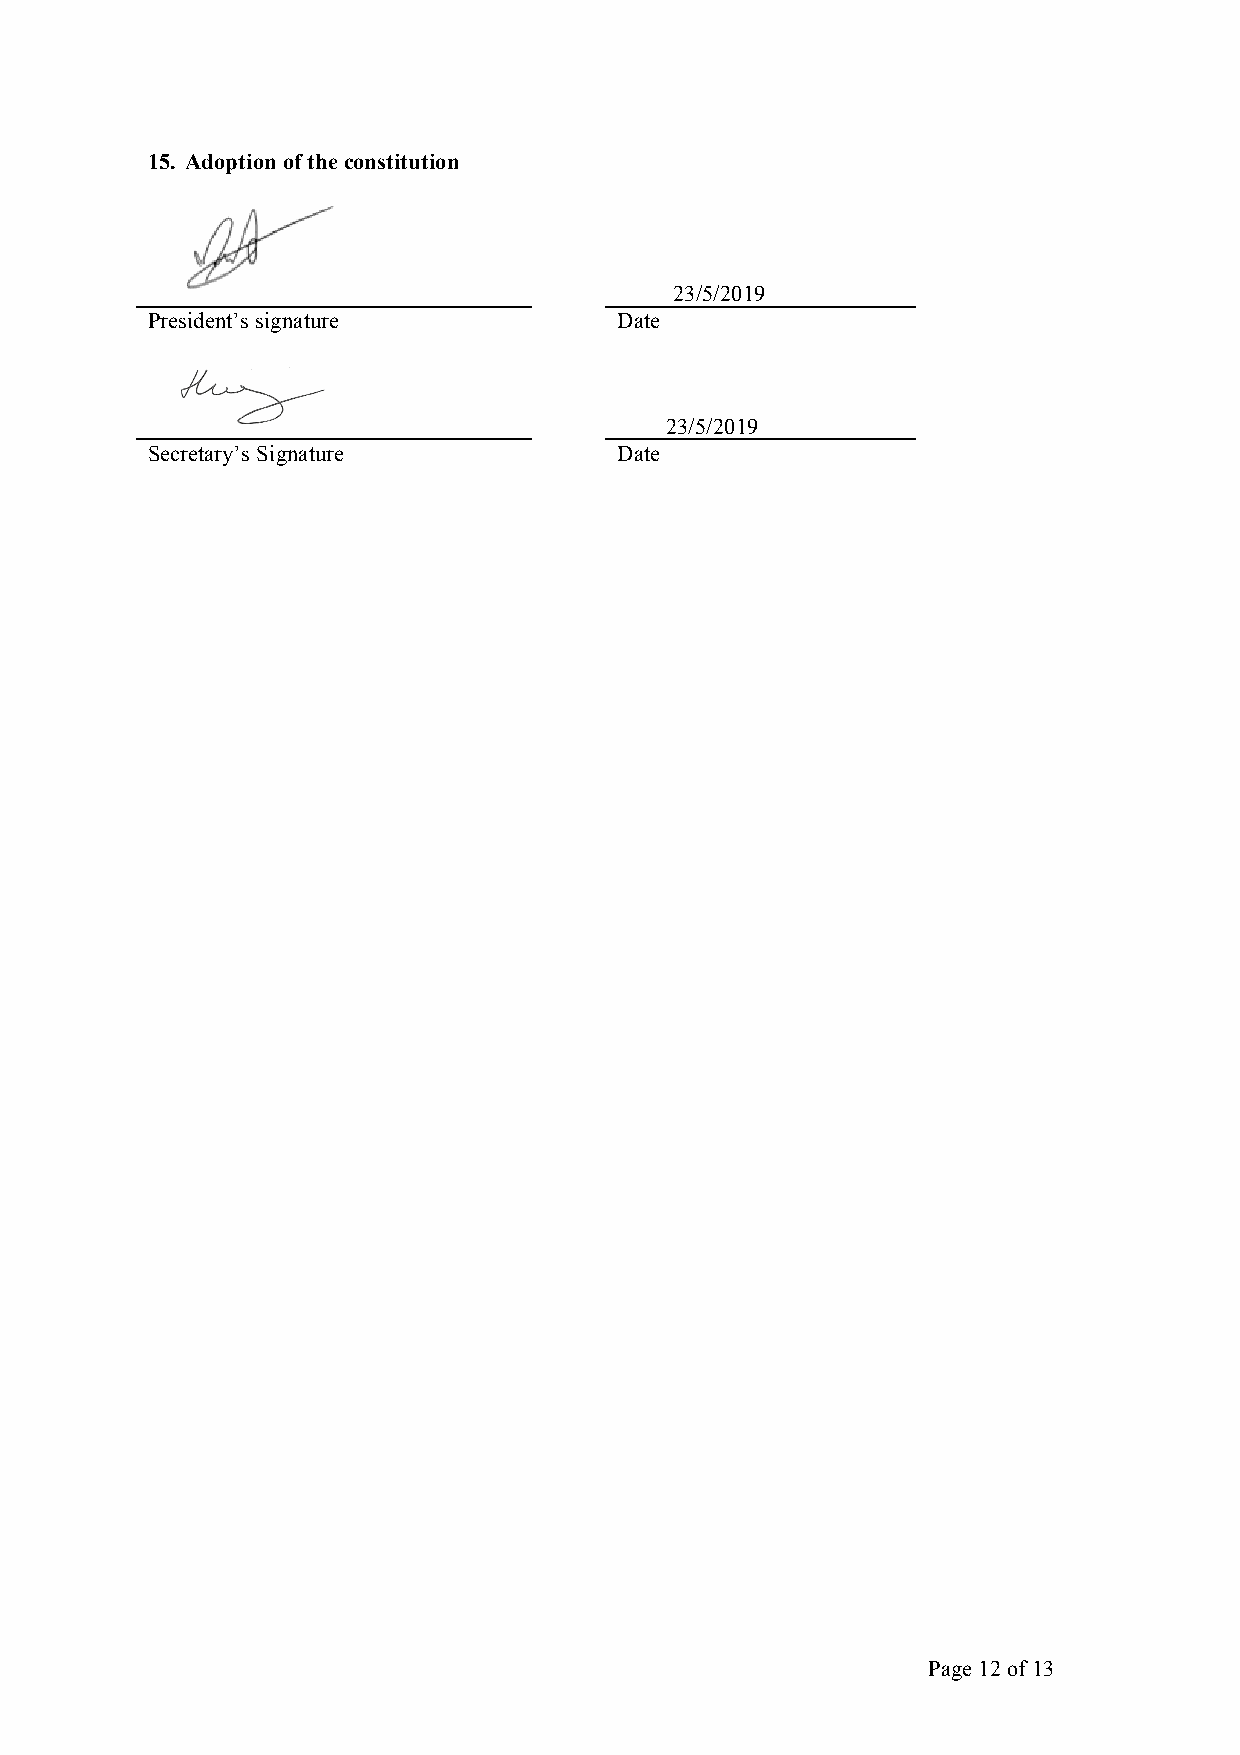
15. Adoption of the constitution
 23/5/2019
 President’s signature          Date
 23/5/2019
 Secretary’s Signature          Date
 Page 12 of 13